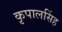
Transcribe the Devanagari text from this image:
कृपालसिंह